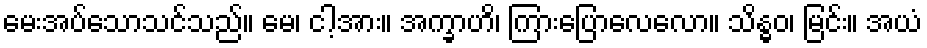
မေးအပ်သောသင်သည်။ မေ၊ ငါ့အား။ အက္ခာဟိ၊ ကြားပြောလေလော။ သိန္ဓဝ၊ မြင်း။ အယံ